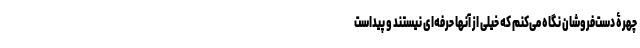
چهرۀ دست‌فروشان نگاه می‌کنم که خیلی از آنها حرفه‌ای نیستند و پیداست